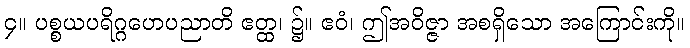
၄။ ပစ္စယပရိဂ္ဂဟေပညာတိ ဧတ္ထ၊ ၌။ ဧဝံ၊ ဤအဝိဇ္ဇာ အစရှိသော အကြောင်းကို။